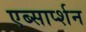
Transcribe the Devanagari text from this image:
एब्सार्प्शन